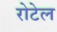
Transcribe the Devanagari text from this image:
रोटेल